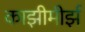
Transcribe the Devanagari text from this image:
काझीमीर्झ